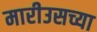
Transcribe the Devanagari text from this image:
मारीउसच्या